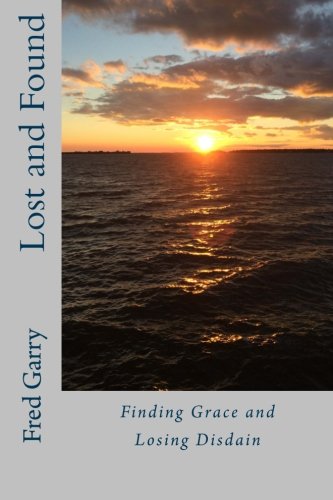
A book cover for Lost and Found: Finding Grace and Losing Disdain; Fred G Garry; Christian Books & Bibles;